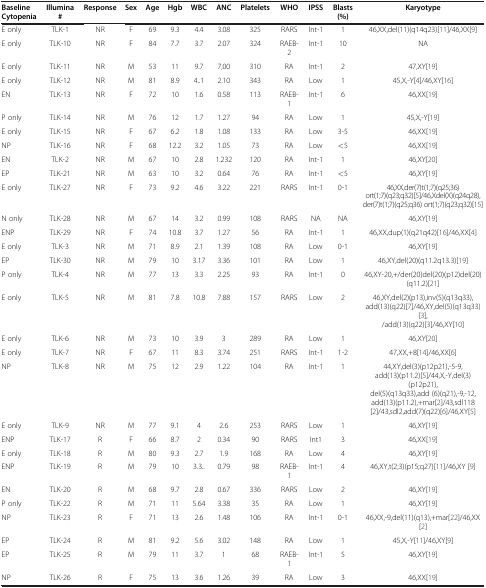
<table><thead><tr><td><b>Baseline Cytopenia</b></td><td><b>Illumina #</b></td><td><b>Response</b></td><td><b>Sex</b></td><td><b>Age</b></td><td><b>Hgb</b></td><td><b>WBC</b></td><td><b>ANC</b></td><td><b>Platelets</b></td><td><b>WHO</b></td><td><b>IPSS</b></td><td><b>Blasts (%)</b></td><td><b>Karyotype</b></td></tr></thead><tbody><tr><td>E only</td><td>TLK-1</td><td>NR</td><td>F</td><td>69</td><td>9.3</td><td>4.4</td><td>3.08</td><td>325</td><td>RARS</td><td>Int-1</td><td>1</td><td>46,XX,del(11)(q14q23)[11]/46,XX[9]</td></tr><tr><td>E only</td><td>TLK-10</td><td>NR</td><td>F</td><td>84</td><td>7.7</td><td>3.7</td><td>2.07</td><td>324</td><td>RAEB-2</td><td>Int-1</td><td>10</td><td>NA</td></tr><tr><td>E only</td><td>TLK-11</td><td>NR</td><td>M</td><td>53</td><td>11</td><td>9.7</td><td>7,00</td><td>310</td><td>RA</td><td>Int-1</td><td>2</td><td>47,XY[19]</td></tr><tr><td>E only</td><td>TLK-12</td><td>NR</td><td>M</td><td>81</td><td>8.9</td><td>4..1</td><td>2.10</td><td>343</td><td>RA</td><td>Low</td><td>1</td><td>45,X,-Y[4]/46,XY[16]</td></tr><tr><td>EN</td><td>TLK-13</td><td>NR</td><td>F</td><td>72</td><td>10</td><td>1.6</td><td>0.58</td><td>113</td><td>RAEB-1</td><td>Int-1</td><td>6</td><td>46,XX[19]</td></tr><tr><td>P only</td><td>TLK-14</td><td>NR</td><td>M</td><td>76</td><td>12</td><td>1.7</td><td>1.27</td><td>94</td><td>RA</td><td>Low</td><td>1</td><td>45,X,-Y[19]</td></tr><tr><td>E only</td><td>TLK-15</td><td>NR</td><td>F</td><td>67</td><td>6.2</td><td>1.8</td><td>1.08</td><td>133</td><td>RA</td><td>Low</td><td>3-5</td><td>46,XX[19]</td></tr><tr><td>NP</td><td>TLK-16</td><td>NR</td><td>F</td><td>68</td><td>12.2</td><td>3.2</td><td>1.05</td><td>73</td><td>RA</td><td>Low</td><td>&lt;5</td><td>46,XX[19]</td></tr><tr><td>EN</td><td>TLK-2</td><td>NR</td><td>M</td><td>67</td><td>10</td><td>2.8</td><td>1.232</td><td>120</td><td>RA</td><td>Int-1</td><td>1</td><td>46,XY[20]</td></tr><tr><td>EP</td><td>TLK-21</td><td>NR</td><td>M</td><td>63</td><td>10</td><td>3.2</td><td>0.64</td><td>76</td><td>RA</td><td>Int-1</td><td>&lt;5</td><td>46,XY[19]</td></tr><tr><td>E only</td><td>TLK-27</td><td>NR</td><td>F</td><td>73</td><td>9.2</td><td>4.6</td><td>3.22</td><td>221</td><td>RARS</td><td>Int-1</td><td>0-1</td><td>46,XX,der(7)t(1;7)(q25;36) ort(1;7)(q23;q32)[5]/46,Xdel(X)(q24q28),der(7)t(1;7)(q25;q36) ort(1;7)(q23;q32)[15]</td></tr><tr><td>N only</td><td>TLK-28</td><td>NR</td><td>M</td><td>67</td><td>14</td><td>3.2</td><td>0.99</td><td>108</td><td>RARS</td><td>NA</td><td>NA</td><td>46,XY[19]</td></tr><tr><td>ENP</td><td>TLK-29</td><td>NR</td><td>F</td><td>74</td><td>10.8</td><td>3.7</td><td>1.27</td><td>56</td><td>RA</td><td>Int-1</td><td>1</td><td>46,XX,dup(1)(q21q42)[16]/46,XX[4]</td></tr><tr><td>E only</td><td>TLK-3</td><td>NR</td><td>M</td><td>71</td><td>8.9</td><td>2.1</td><td>1.39</td><td>108</td><td>RA</td><td>Low</td><td>0-1</td><td>46,XY[19]</td></tr><tr><td>EP</td><td>TLK-30</td><td>NR</td><td>M</td><td>79</td><td>10</td><td>3.17</td><td>3.36</td><td>101</td><td>RA</td><td>Low</td><td>1</td><td>46,XY,del(20)(q11.2q13.3)[19]</td></tr><tr><td>P only</td><td>TLK-4</td><td>NR</td><td>M</td><td>77</td><td>13</td><td>3.3</td><td>2.25</td><td>93</td><td>RA</td><td>Int-1</td><td>0</td><td>46,XY-20,+/der(20)del(20)(p12)del(20) (q11.2)[21]</td></tr><tr><td>E only</td><td>TLK-5</td><td>NR</td><td>M</td><td>81</td><td>7.8</td><td>10.8</td><td>7.88</td><td>157</td><td>RARS</td><td>Low</td><td>2</td><td>46,XY,del(2)(p13),inv(5)(q13q33),add(13)(q22)[7]/46,XY,del(5)(q13q33)[3],/add(13)(q22)[3]/46,XY[10]</td></tr><tr><td>E only</td><td>TLK-6</td><td>NR</td><td>M</td><td>73</td><td>10</td><td>3.9</td><td>3</td><td>289</td><td>RA</td><td>Low</td><td>1</td><td>46,XY[20]</td></tr><tr><td>E only</td><td>TLK-7</td><td>NR</td><td>F</td><td>67</td><td>11</td><td>8.3</td><td>3.74</td><td>251</td><td>RARS</td><td>Int-1</td><td>1-2</td><td>47,XX,+8[14]/46,XX[6]</td></tr><tr><td>NP</td><td>TLK-8</td><td>NR</td><td>M</td><td>75</td><td>12</td><td>2.9</td><td>1.22</td><td>104</td><td>RA</td><td>Int-1</td><td>1</td><td>44,XY,del(3)(p12p21),-5-9,add(13)(p11.2)[5]/44,X,-Y,del(3)(p12p21),del(5)(q13q33),add (6)(q21),-9,-12,add(13)(p11.2),+mar[2]/43,sdl118 [2]/43,sdl2,add(7)(q22)[6]/46,XY[5]</td></tr><tr><td>E only</td><td>TLK-9</td><td>NR</td><td>M</td><td>77</td><td>9.1</td><td>4</td><td>2.6</td><td>253</td><td>RARS</td><td>Low</td><td>1</td><td>46,XY[19]</td></tr><tr><td>ENP</td><td>TLK-17</td><td>R</td><td>F</td><td>66</td><td>8.7</td><td>2</td><td>0.34</td><td>90</td><td>RARS</td><td>Int1</td><td>3</td><td>46,XX[19]</td></tr><tr><td>E only</td><td>TLK-18</td><td>R</td><td>M</td><td>80</td><td>9.3</td><td>2.7</td><td>1.9</td><td>168</td><td>RA</td><td>Low</td><td>4</td><td>46,XY[19]</td></tr><tr><td>ENP</td><td>TLK-19</td><td>R</td><td>M</td><td>79</td><td>10</td><td>3.3..</td><td>0.79</td><td>98</td><td>RAEB-1</td><td>Int-1</td><td>4</td><td>46,XY,t(2;3)(p15;q27)[11]/46,XY [9]</td></tr><tr><td>EN</td><td>TLK-20</td><td>R</td><td>M</td><td>68</td><td>9.7</td><td>2.8</td><td>0.67</td><td>336</td><td>RARS</td><td>Low</td><td>2</td><td>46,XY[19]</td></tr><tr><td>P only</td><td>TLK-22</td><td>R</td><td>M</td><td>71</td><td>11</td><td>5.64</td><td>3.38</td><td>35</td><td>RA</td><td>Low</td><td>1</td><td>46,XY[19]</td></tr><tr><td>NP</td><td>TLK-23</td><td>R</td><td>F</td><td>71</td><td>13</td><td>2.6</td><td>1.48</td><td>106</td><td>RA</td><td>Int-1</td><td>0-1</td><td>46,XX,-9,del(11)(q13),+mar[22]/46,XX[2]</td></tr><tr><td>EP</td><td>TLK-24</td><td>R</td><td>M</td><td>81</td><td>9.2</td><td>5.6</td><td>3.02</td><td>148</td><td>RA</td><td>Low</td><td>1</td><td>45,X,-Y[11]/46,XY[9]</td></tr><tr><td>EP</td><td>TLK-25</td><td>R</td><td>M</td><td>79</td><td>11</td><td>3.7</td><td>1</td><td>68</td><td>RAEB-1</td><td>Int-1</td><td>5</td><td>46,XY[19]</td></tr><tr><td>NP</td><td>TLK-26</td><td>R</td><td>F</td><td>75</td><td>13</td><td>3.6</td><td>1.26</td><td>39</td><td>RA</td><td>Low</td><td>3</td><td>46,XX[19]</td></tr></tbody></table>